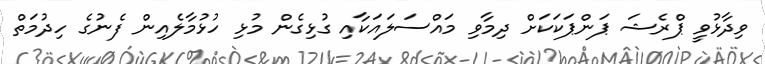
ވިދާޅުވީ ޕްރެޝަ ޕަންޕަކަކަށް ދިމާވި މައްސަލައަކާއި ގުޅިގެން މުޅި ހުޅުމާލެއިން ފެނުގެ ހިދުމަތް